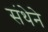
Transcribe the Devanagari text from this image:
संथेने